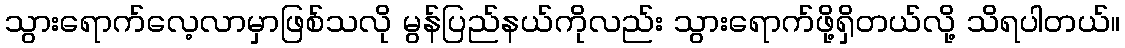
သွားရောက်လေ့လာမှာဖြစ်သလို မွန်ပြည်နယ်ကိုလည်း သွားရောက်ဖို့ရှိတယ်လို့ သိရပါတယ်။